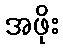
အဖိုး